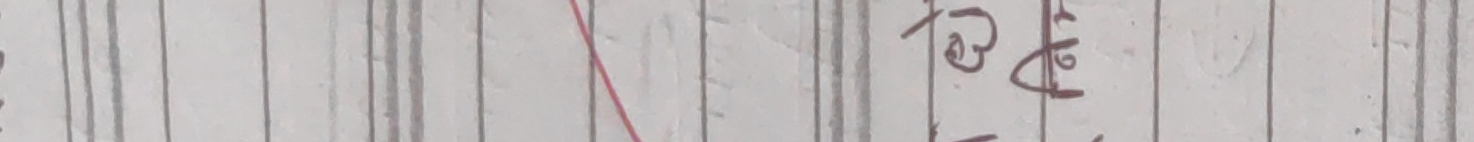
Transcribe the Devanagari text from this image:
हेप